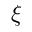
\xi